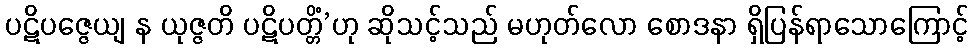
ပဋိပဇ္ဇေယျ န ယုဇ္ဇတိ ပဋိပတ္တိံ’ဟု ဆိုသင့်သည် မဟုတ်လော စောဒနာ ရှိပြန်ရာသောကြောင့်